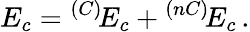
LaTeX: E_{c}={}^{(C)}\! E_{c}+{}^{(nC)}\! E_{c}\, .